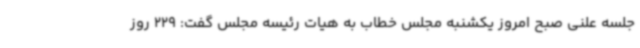
جلسه علنی صبح امروز یکشنبه مجلس خطاب به هیات رئیسه مجلس گفت: 229 روز